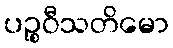
ပဉ္စဝီသတိမော